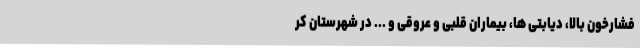
فشارخون بالا، دیابتی ها، بیماران قلبی و عروقی و ... در شهرستان کر